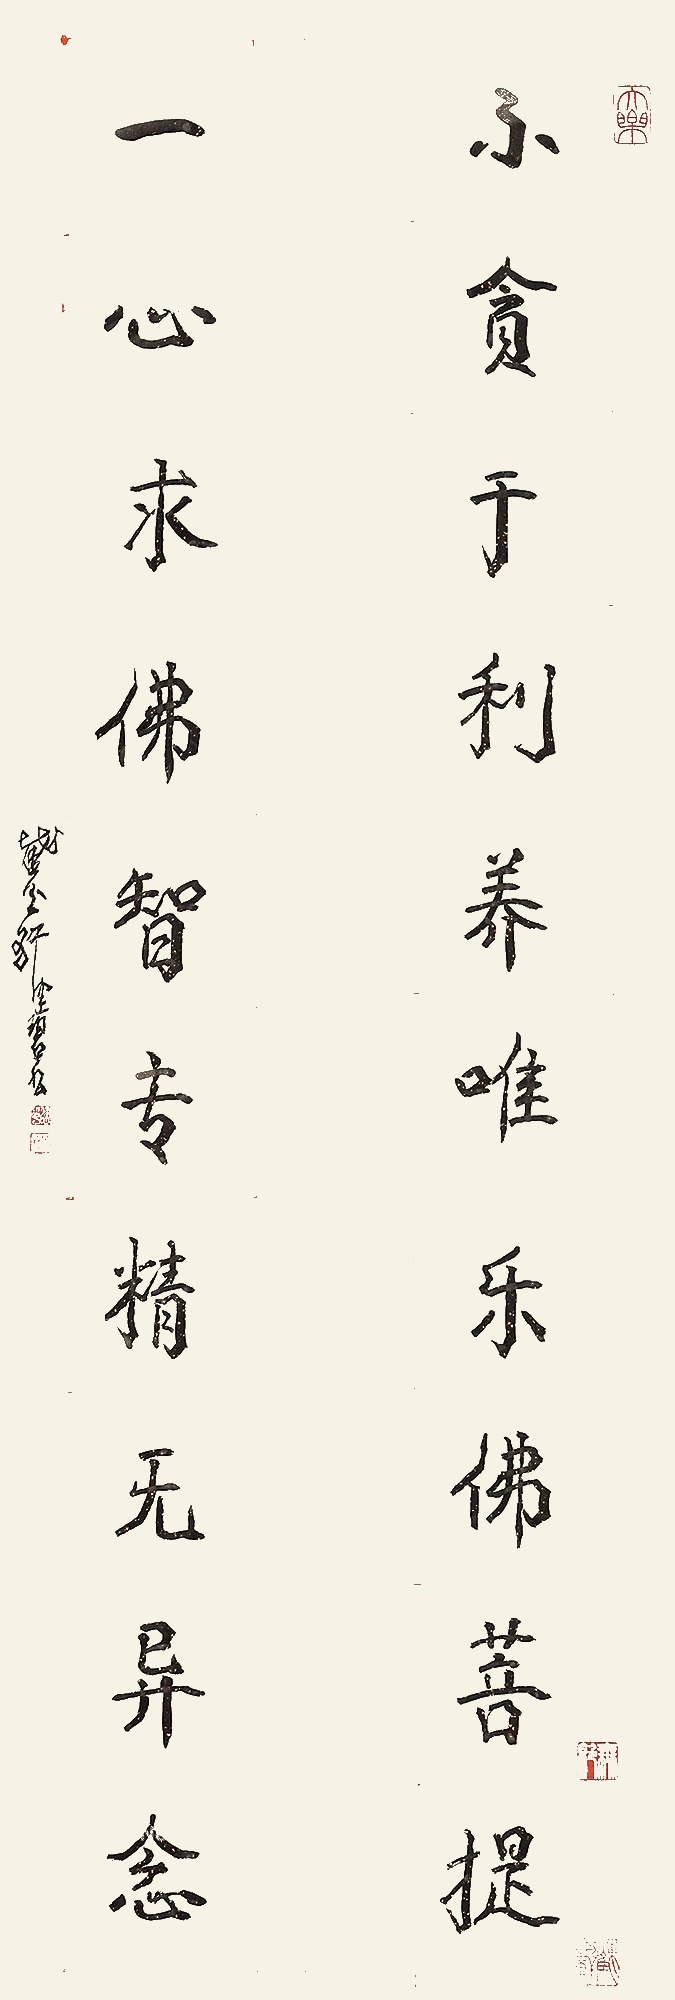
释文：不贪于利养唯乐佛菩提，一心求佛智专精无异念。截玉轩健碧书。